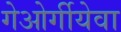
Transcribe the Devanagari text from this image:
गेओर्गीयेवा